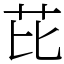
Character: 芘